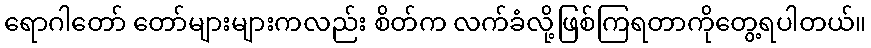
ရောဂါတော် တော်များများကလည်း စိတ်က လက်ခံလို့ဖြစ်ကြရတာကိုတွေ့ရပါတယ်။